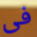
فى